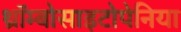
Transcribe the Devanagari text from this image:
थ्रॉम्बोसाइटोपेनिया